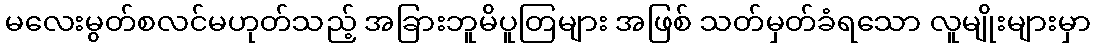
မလေးမွတ်စလင်မဟုတ်သည့် အခြားဘူမိပူတြများ အဖြစ် သတ်မှတ်ခံရသော လူမျိုးများမှာ